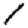
Digit: 1